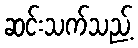
ဆင်းသက်သည့်